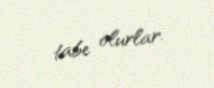
tabe olurlar.